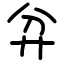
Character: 弅